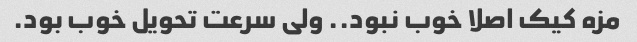
مزه کیک اصلا خوب نبود.. ولی سرعت تحویل خوب بود.